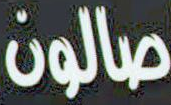
صالون